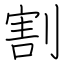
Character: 割